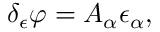
\delta _ { \epsilon } \varphi = A _ { \alpha } \epsilon _ { \alpha } ,